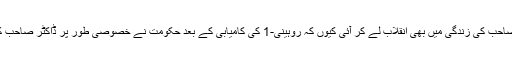
انڈین ریسرچ اینڈ سپیس آرگنائزیشن سے وابستگی ڈاکٹر صاحب کی زندگی میں بھی انقلاب لے کر آئی کیوں کہ روہینی-1 کی کامیابی کے بعد حکومت نے خصوصی طور پر ڈاکٹر صاحب کی خدمات سے استفادہ کرنے کے منصوبے شروع کیے۔